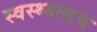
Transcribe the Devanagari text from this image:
स्वस्थ्यलाभ